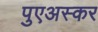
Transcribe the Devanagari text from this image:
पुएअस्कर